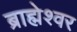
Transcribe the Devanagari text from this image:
ब्राह्मेश्‍वर